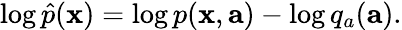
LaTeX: \log\hat{p}(\mathbf{x})=\log p(\mathbf{x},\mathbf{a})-\log q_{a}(\mathbf{a}).